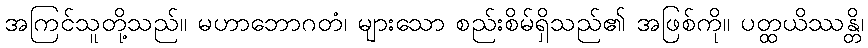
အကြင်သူတို့သည်။ မဟာဘောဂတံ၊ များသော စည်းစိမ်ရှိသည်၏ အဖြစ်ကို။ ပတ္ထယိဿန္တိ၊